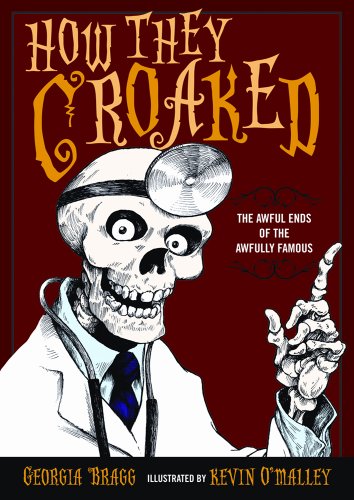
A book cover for How They Croaked: The Awful Ends of the Awfully Famous; Georgia Bragg; Children's Books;